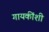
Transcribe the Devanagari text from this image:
गायकींशी